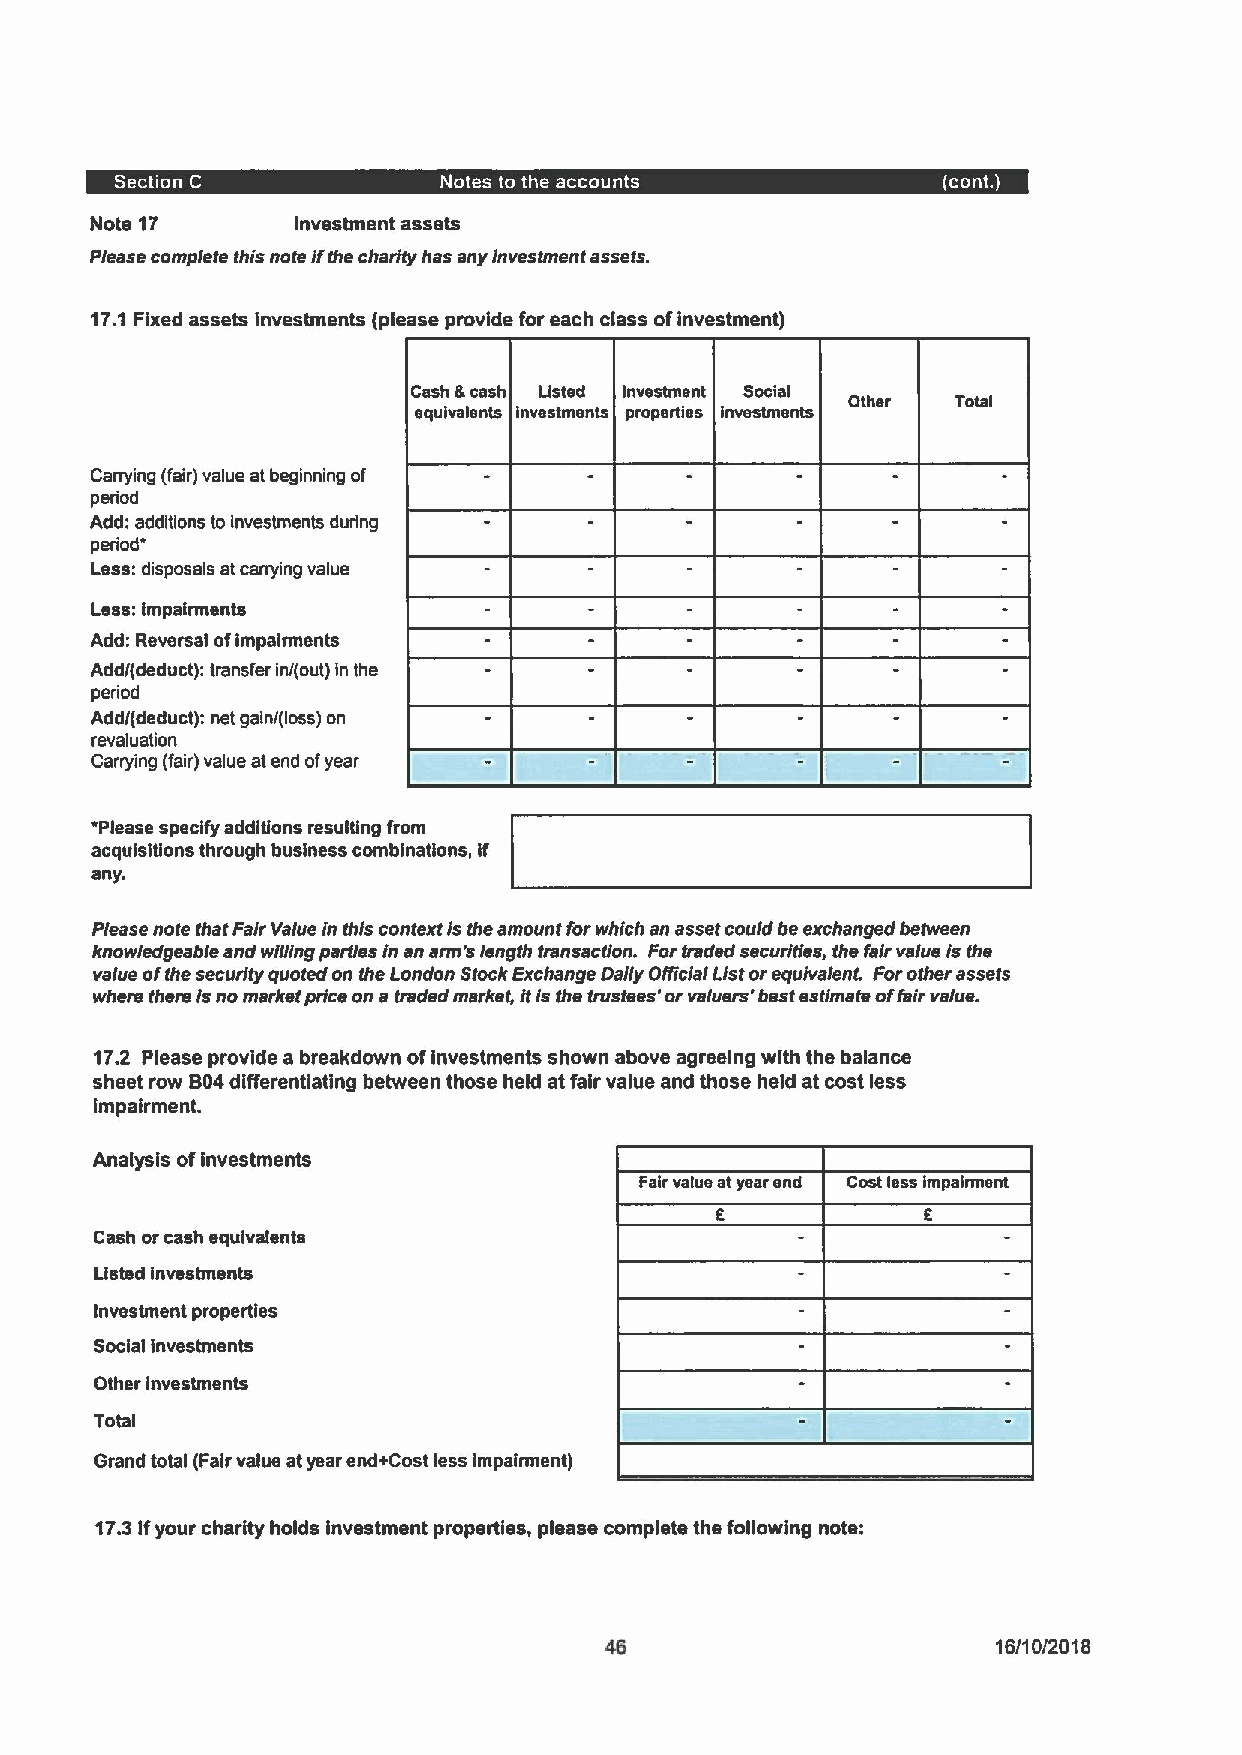
Note 17       Investment assets
 Please complete this note ifthe char/ty has any investment assets.
 17.1 Fixed assets investments (please provide for each class ofinvestment)
 Cash acash Listed Investment Social
 Other  Total
 equivalents investments properties investments
 Carrying (/air) value at beginning of
 period
 Add: additions Ioinvestments during
 per/od"
 Less: disposals at carrying value
 Less: impairments
 Add: Reversal ofimpairments
 Add/(deduct): transfer in/(out) in the
 period
 Add/(deduct): net gain/(loss) on
 revaluation
 Carrying (lair) value at end ofyear
 'Please specify additions resulting from
 acquisitions through business combinations, if
 any.
 Please note that Fair Value in this context ls the amount forwhich an asset could be exchanged benveen
 knowledgeable and willing part/es in an ann's length transaction. Fortraded secor/ties, the fair value ls the
 value ofthe securlly quoted on the London StockExchange Daily Off/cia/ List orequivalent Forother assets
 where there ls no market price on a traded market, itis the trustees'or vs/vers' best estimate offa/r value.
 17.2 Please provide a breakdown ofinvestments shown above agreeing with the balance
 sheet row 804differentiating between those held at fair value and those held at cost less
 impairment.
 Analysis ofinvestments
 Fair value atyear end Cost less Impairment
 Cash orcash equivalents
 Listed investments
 Investment properties
 Social investments
 Otherinvestments
 Total
 Grand total (Fair value atyear end+Cost less impairment)
 17.3Ifyour charity holds investment properties, please complete the following note:
 16/10/2018